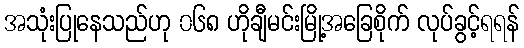
အသုံးပြုနေသည်ဟု ၀၆၈ ဟိုချီမင်းမြို့အခြေစိုက် လုပ်ခွင့်ရရန်